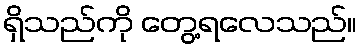
ရှိသည်ကို တွေ့ရလေသည်။